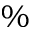
\%